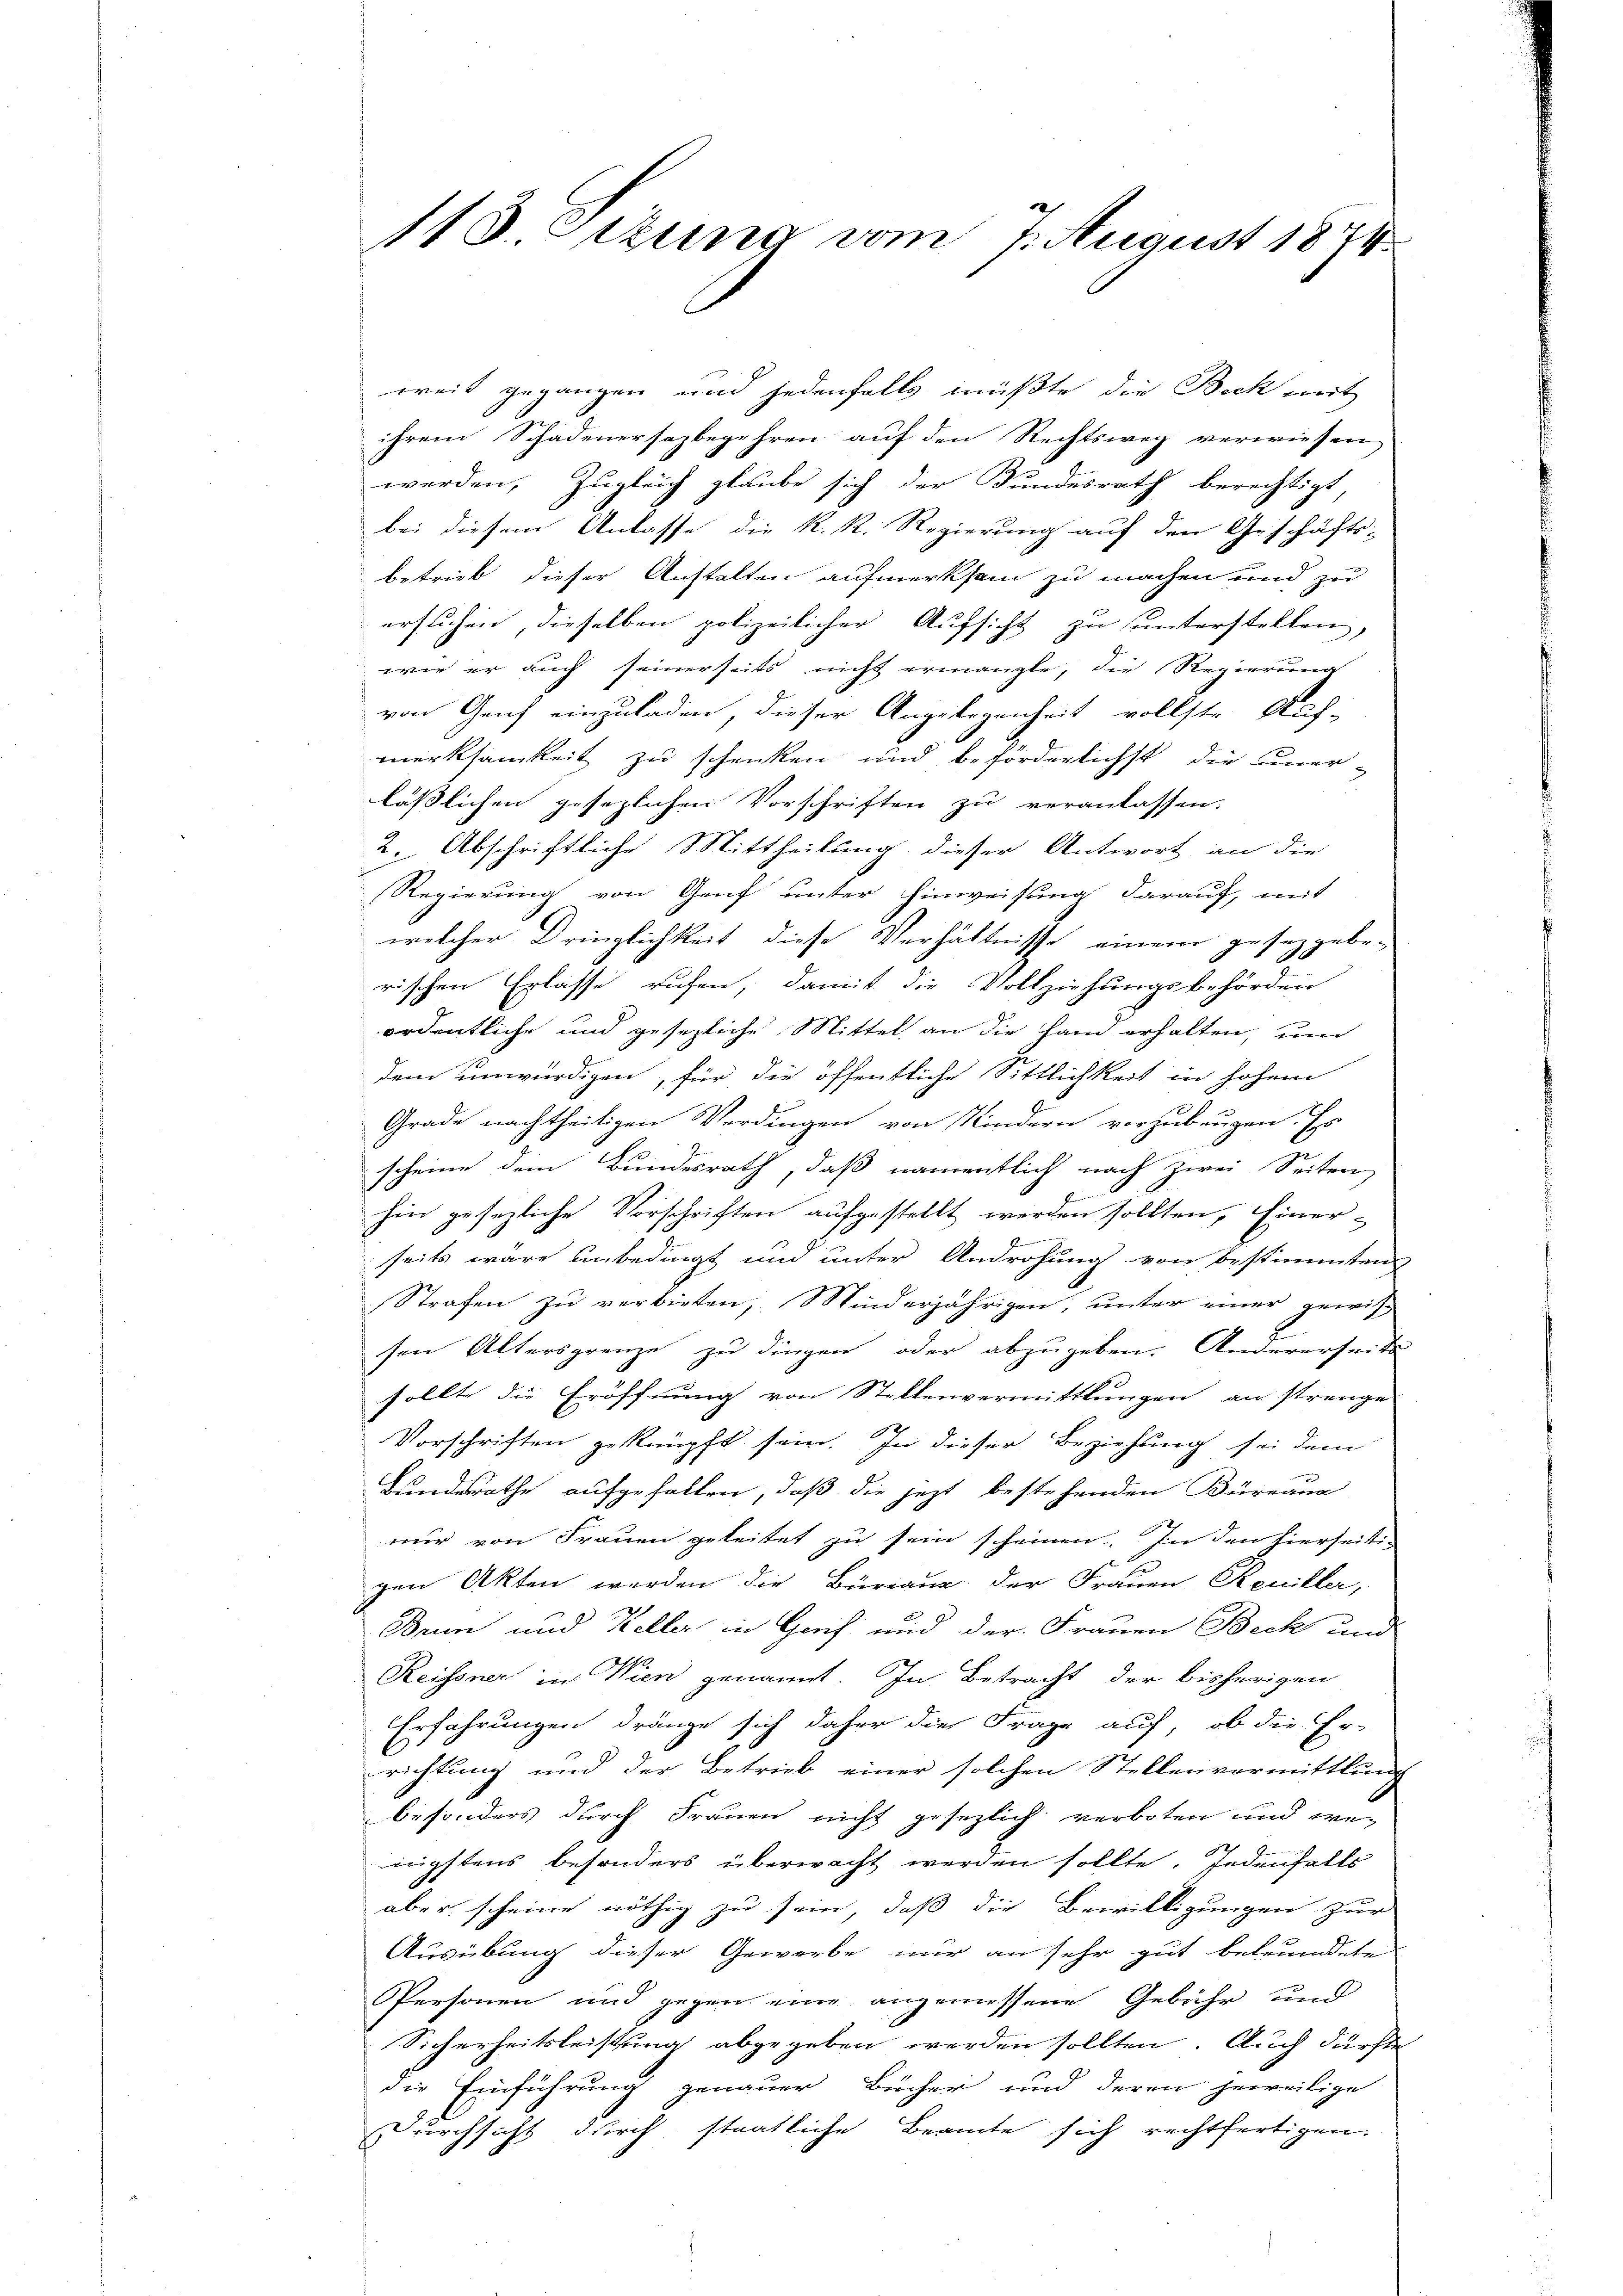
118. Szuna vom 7. August 1874.

weiß gegangen und jedenfalls müßte die Bock mit
ihrem Schadenersagbegehren auf den Rechtsweg verwiesen
werden, Zugleich glaube sich der Bundesrath berechtigt,
bei diesem Anlasse die K. R. Regierung auf den Geschäfts-
betrieb dieser Anstalten aufmerksam zu machen und zu
ersuchen, dieselben polizeilicher Aufsicht zu unterstellen,
wie er auch seinerseits nicht ermangte, die Regierung
von Genf einzuladen, dieser Angelegenheit vollste Auf-
merksamkeit zu schenken und beförderlichst die uner-
lässlichen gesezlichen Vorschriften zu veranlassen.
2. Abschriftliche Mittheilung dieser Antwort, an die
Regierung von Genf unter Hinweisung darauf, mit
welcher Dringlichkeit diese Verhältnisse einem gesetzgebe.
rischen Erlasse ruhen, damit die Vollziehungsbehörden
ordentliche und gesezliche Mittel an die Hand erhalten, und
dem unwürdigen, für die öffentliche Sittlichkeit in hohem
Grade nachtheiligen Verdingen von Kindern vorzubeugen. Es
scheine dem Bundesrath, daß namentlich nach zwei Seitere
hin gesezliche Vorschriften aufgestellt werden sollten, Einer-
seits wäre unbedingt und unter Androhung von bestimmten
Strafen zu verbieten; Minderjährigen, unter einer gewis
sen Altersgrenze zu dingen oder abzugeben. Andererseits
sollte die Eröffnung von Stellenvermittlungen an strenge
Vorschriften geknüpft sein. In dieser Beziehung sei dem
Bandesrathe aufgefallen, daß die jetzt bestehenden Büreau
nur von Frauen geleitet zu sein scheinen. In den hierseiti-
l
gen Akten werden die Büreaus der Frauen Reuiller,
Brun und Keller in Genf und der Frauen Beck und
Reisener in Wien genannt. In Betracht der bisherigen
Erfahrungen dränge sich daher die Frage auf, ob die Er-
richtung und der Betrieb einer solchen Stellenvermittlung
besonders durch Frauen nicht gesezlich verboten und wenigstens besonders überwacht werden sollte. Jedenfalls
aber scheine nöthig zu sein, daß die Bewilligungen zur
Ausübung dieser Gewerbe nur an sehr gut beleumdete
Personen und gegen eine angemessene Gebühr und
Sicherheitsleistung abgegeben werden sollten. Auch dürfte
die Einführung genauer Bücher und deren jeweilige
Durchsicht durch staatliche Beamte sich rechtfertigen.